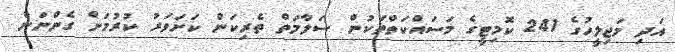
އަދި މަޖިލީހުގެ 241 ކޮމިޓީގެ މަސައްކަތްތަކުން ސަލާމަތް ތެރިކަން ކަށަވަރު ކުރުމަށް ގެންނަން